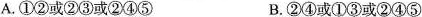
A.①②或②③或②④⑤ B.②④或①③或②④⑤